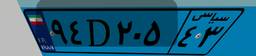
۹۴D۲۰۵۴۳